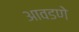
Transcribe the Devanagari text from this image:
आवडणे